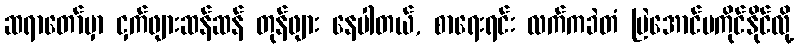
ဆရာတော်မှာ ငှက်ဖျားဆန်ဆန် တုန်ဖျား နေပါတယ်, စာရေးရင်း လက်ကခဲတံ မြဲအောင်မကိုင်နိုင်လို့